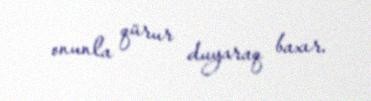
onunla qürur duyaraq baxır.